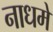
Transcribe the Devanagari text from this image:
नाधमे